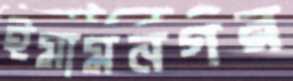
ইমামনগর